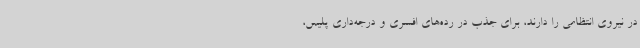
در نیروی انتظامی را دارند، برای جذب در رده‌های افسری و درجه‌داری پلیس،